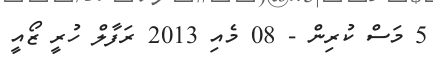
5 މަސް ކުރިން - 08 މެއި 2013 ރަފާލް ހުރީ ޒޯއީ